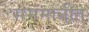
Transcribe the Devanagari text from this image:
सममानीत